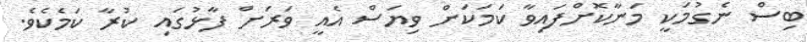
ބިސް ނެގުމަކީ މަނާކޮށްފައިވާ ކަމަކަށް ވިޔަސް އެއީ ވަރަށް ފާޅުގައި ކުރާ ކަމެކެވެ.